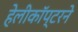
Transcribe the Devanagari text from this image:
हेलीकॉप्टरने